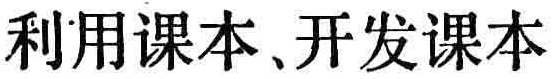
利用课本、开发课本